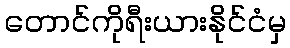
တောင်ကိုရီးယားနိုင်ငံမှ